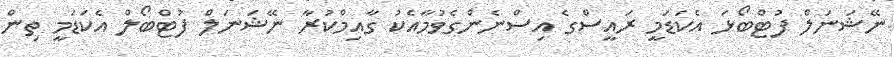
ނޭޝަނަލް ފުޓްބޯޅަ އެކަޑަމީ ރައީސްގެ އިސްނެންގެވުމާއެކު ގާއިމްކުރާ ނޭޝަނަލް ފުޓްބޯލް އެކަޑަމީ ތިން